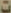
ت